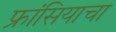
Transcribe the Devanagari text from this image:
फ्रांसियाचा